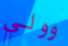
وولي